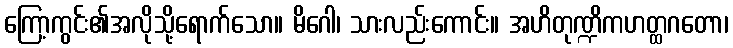
ကြော့ကွင်း၏အလိုသို့ရောက်သော။ မိဂေါ၊ သားလည်းကောင်း။ အဟိတုဏ္ဍိကဟတ္ထဂတော၊